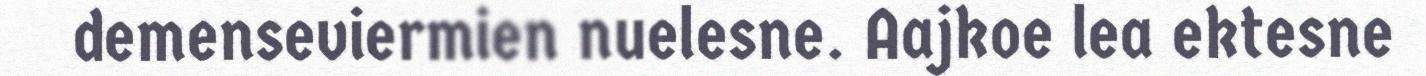
demenseviermien nuelesne. Aajkoe lea ektesne